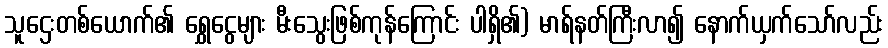
သူဌေးတစ်ယောက်၏ ရွှေငွေများ မီးသွေးဖြစ်ကုန်ကြောင်း ပါရှိ၏) မာရ်နတ်ကြီးလာ၍ နောက်ယှက်သော်လည်း